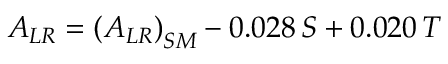
A _ { L R } = \left( A _ { L R } \right) _ { S M } - 0 . 0 2 8 \, S + 0 . 0 2 0 \, T